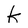
Character: k